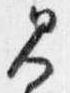
見